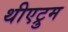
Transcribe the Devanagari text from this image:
थीएट्रुम